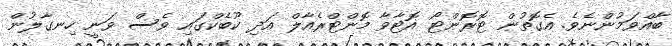
ބާއްވަމުންނެވެ. އެގޮތުން ޓޮރޮންޓޯ އޮޓާވާ މޮންޓްރެއާލް އަދި ކޫބެކްގައި ވެސް ވަނީ ހިނގާލުން